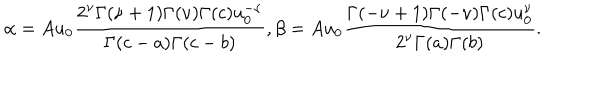
LaTeX: \alpha = A u _ { 0 } { \frac { 2 ^ { \nu } \Gamma ( \nu + 1 ) \Gamma ( \nu ) \Gamma ( c ) u _ { 0 } ^ { - \nu } } { \Gamma ( c - a ) \Gamma ( c - b ) } } , \beta = A u _ { 0 } { \frac { \Gamma ( - \nu + 1 ) \Gamma ( - \nu ) \Gamma ( c ) u _ { 0 } ^ { \nu } } { 2 ^ { \nu } \Gamma ( a ) \Gamma ( b ) } } .